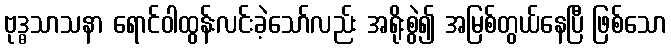
ဗုဒ္ဓသာသနာ ရောင်ဝါထွန်းလင်းခဲ့သော်လည်း အရိုးစွဲ၍ အမြစ်တွယ်နေပြီ ဖြစ်သော